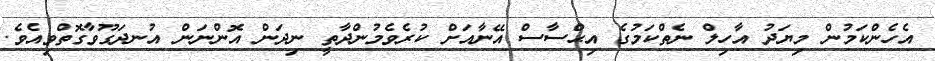
އެހެންކަމުން މިޔަދު އާހިލް ނެތްކަމުގެ އިޙްސާސް އޭނާއަށް ކުރެވެމުންދާތީ ނިދަން އޮންނަން އުނދަގޫވާގޮތްވިއެވެ.